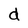
Character: d